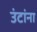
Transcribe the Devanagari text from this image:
उंटांना